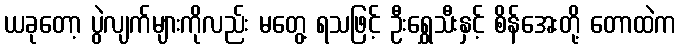
ယခုတော့ ပွဲလျက်များကိုလည်း မတွေ့ ရသဖြင့် ဦးရွှေသီးနှင့် စိန်အေးတို့ တောထဲက